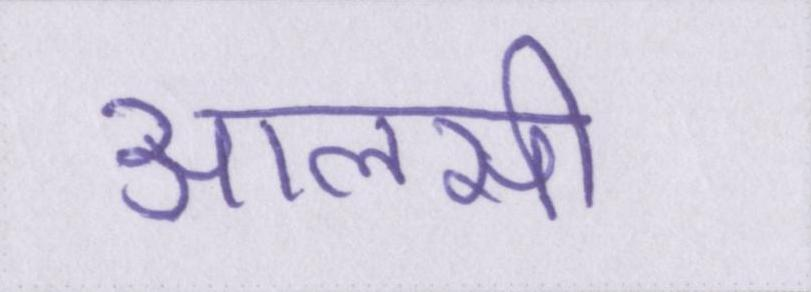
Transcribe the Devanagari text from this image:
आलसी